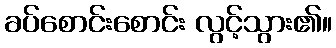
ခပ်စောင်းစောင်း လွင့်သွား၏။